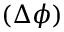
( \Delta \phi )